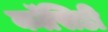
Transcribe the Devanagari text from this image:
कॉसिडी